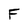
Character: F